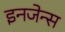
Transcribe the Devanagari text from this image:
इनजेन्स